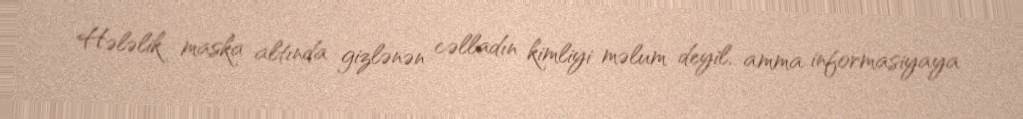
Hələlik maska altında gizlənən cəlladın kimliyi məlum deyil, amma informasiyaya